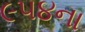
૯૫૪ના